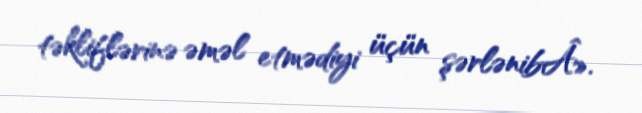
təkliflərinə əməl etmədiyi üçün şərlənibÂ».